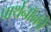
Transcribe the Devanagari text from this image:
पार्थेनॉनचे